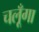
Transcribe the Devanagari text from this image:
चलूँगा